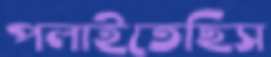
পলাইতেছিস